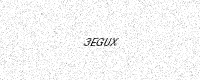
Text: 3EGUX